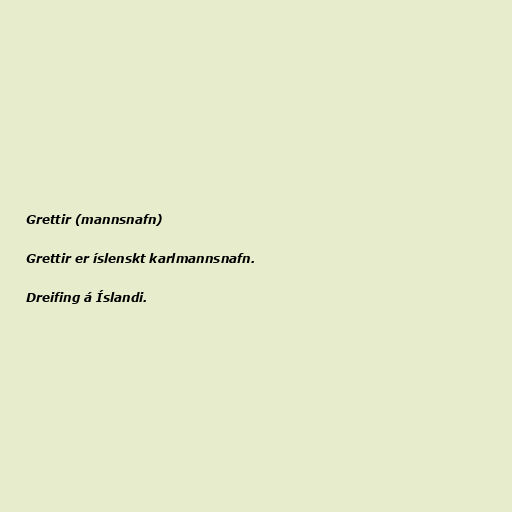
Grettir (mannsnafn)

Grettir er íslenskt karlmannsnafn.

Dreifing á Íslandi.